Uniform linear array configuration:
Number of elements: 32
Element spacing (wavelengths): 0.75
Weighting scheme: blackman
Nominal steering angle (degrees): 60
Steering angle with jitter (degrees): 59.318
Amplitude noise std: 0.05
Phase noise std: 0.05

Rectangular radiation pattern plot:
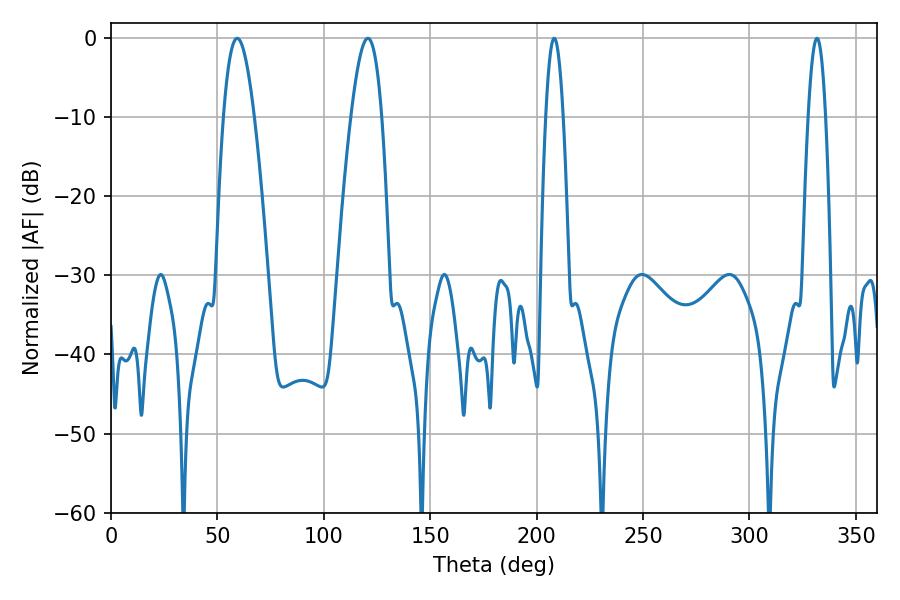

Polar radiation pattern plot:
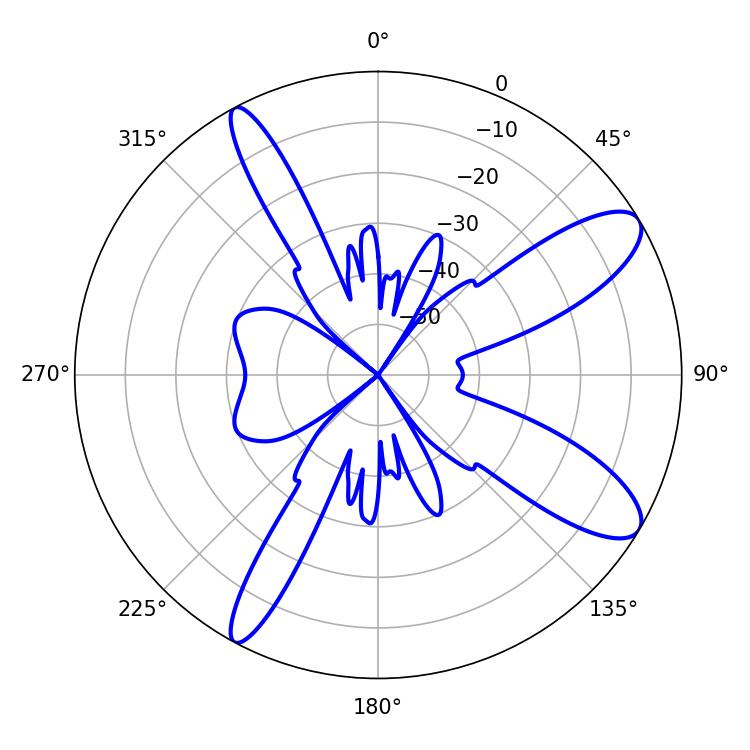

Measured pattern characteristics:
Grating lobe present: TRUE
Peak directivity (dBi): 10.554
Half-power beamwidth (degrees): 4.5
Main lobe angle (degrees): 208.26